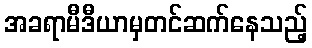
အခရာမီဒီယာမှတင်ဆက်နေသည့်